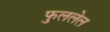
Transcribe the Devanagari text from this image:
फुललेल